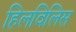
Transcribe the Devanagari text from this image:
हिलविलिस